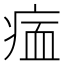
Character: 𤶰